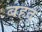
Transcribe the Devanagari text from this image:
बहद्